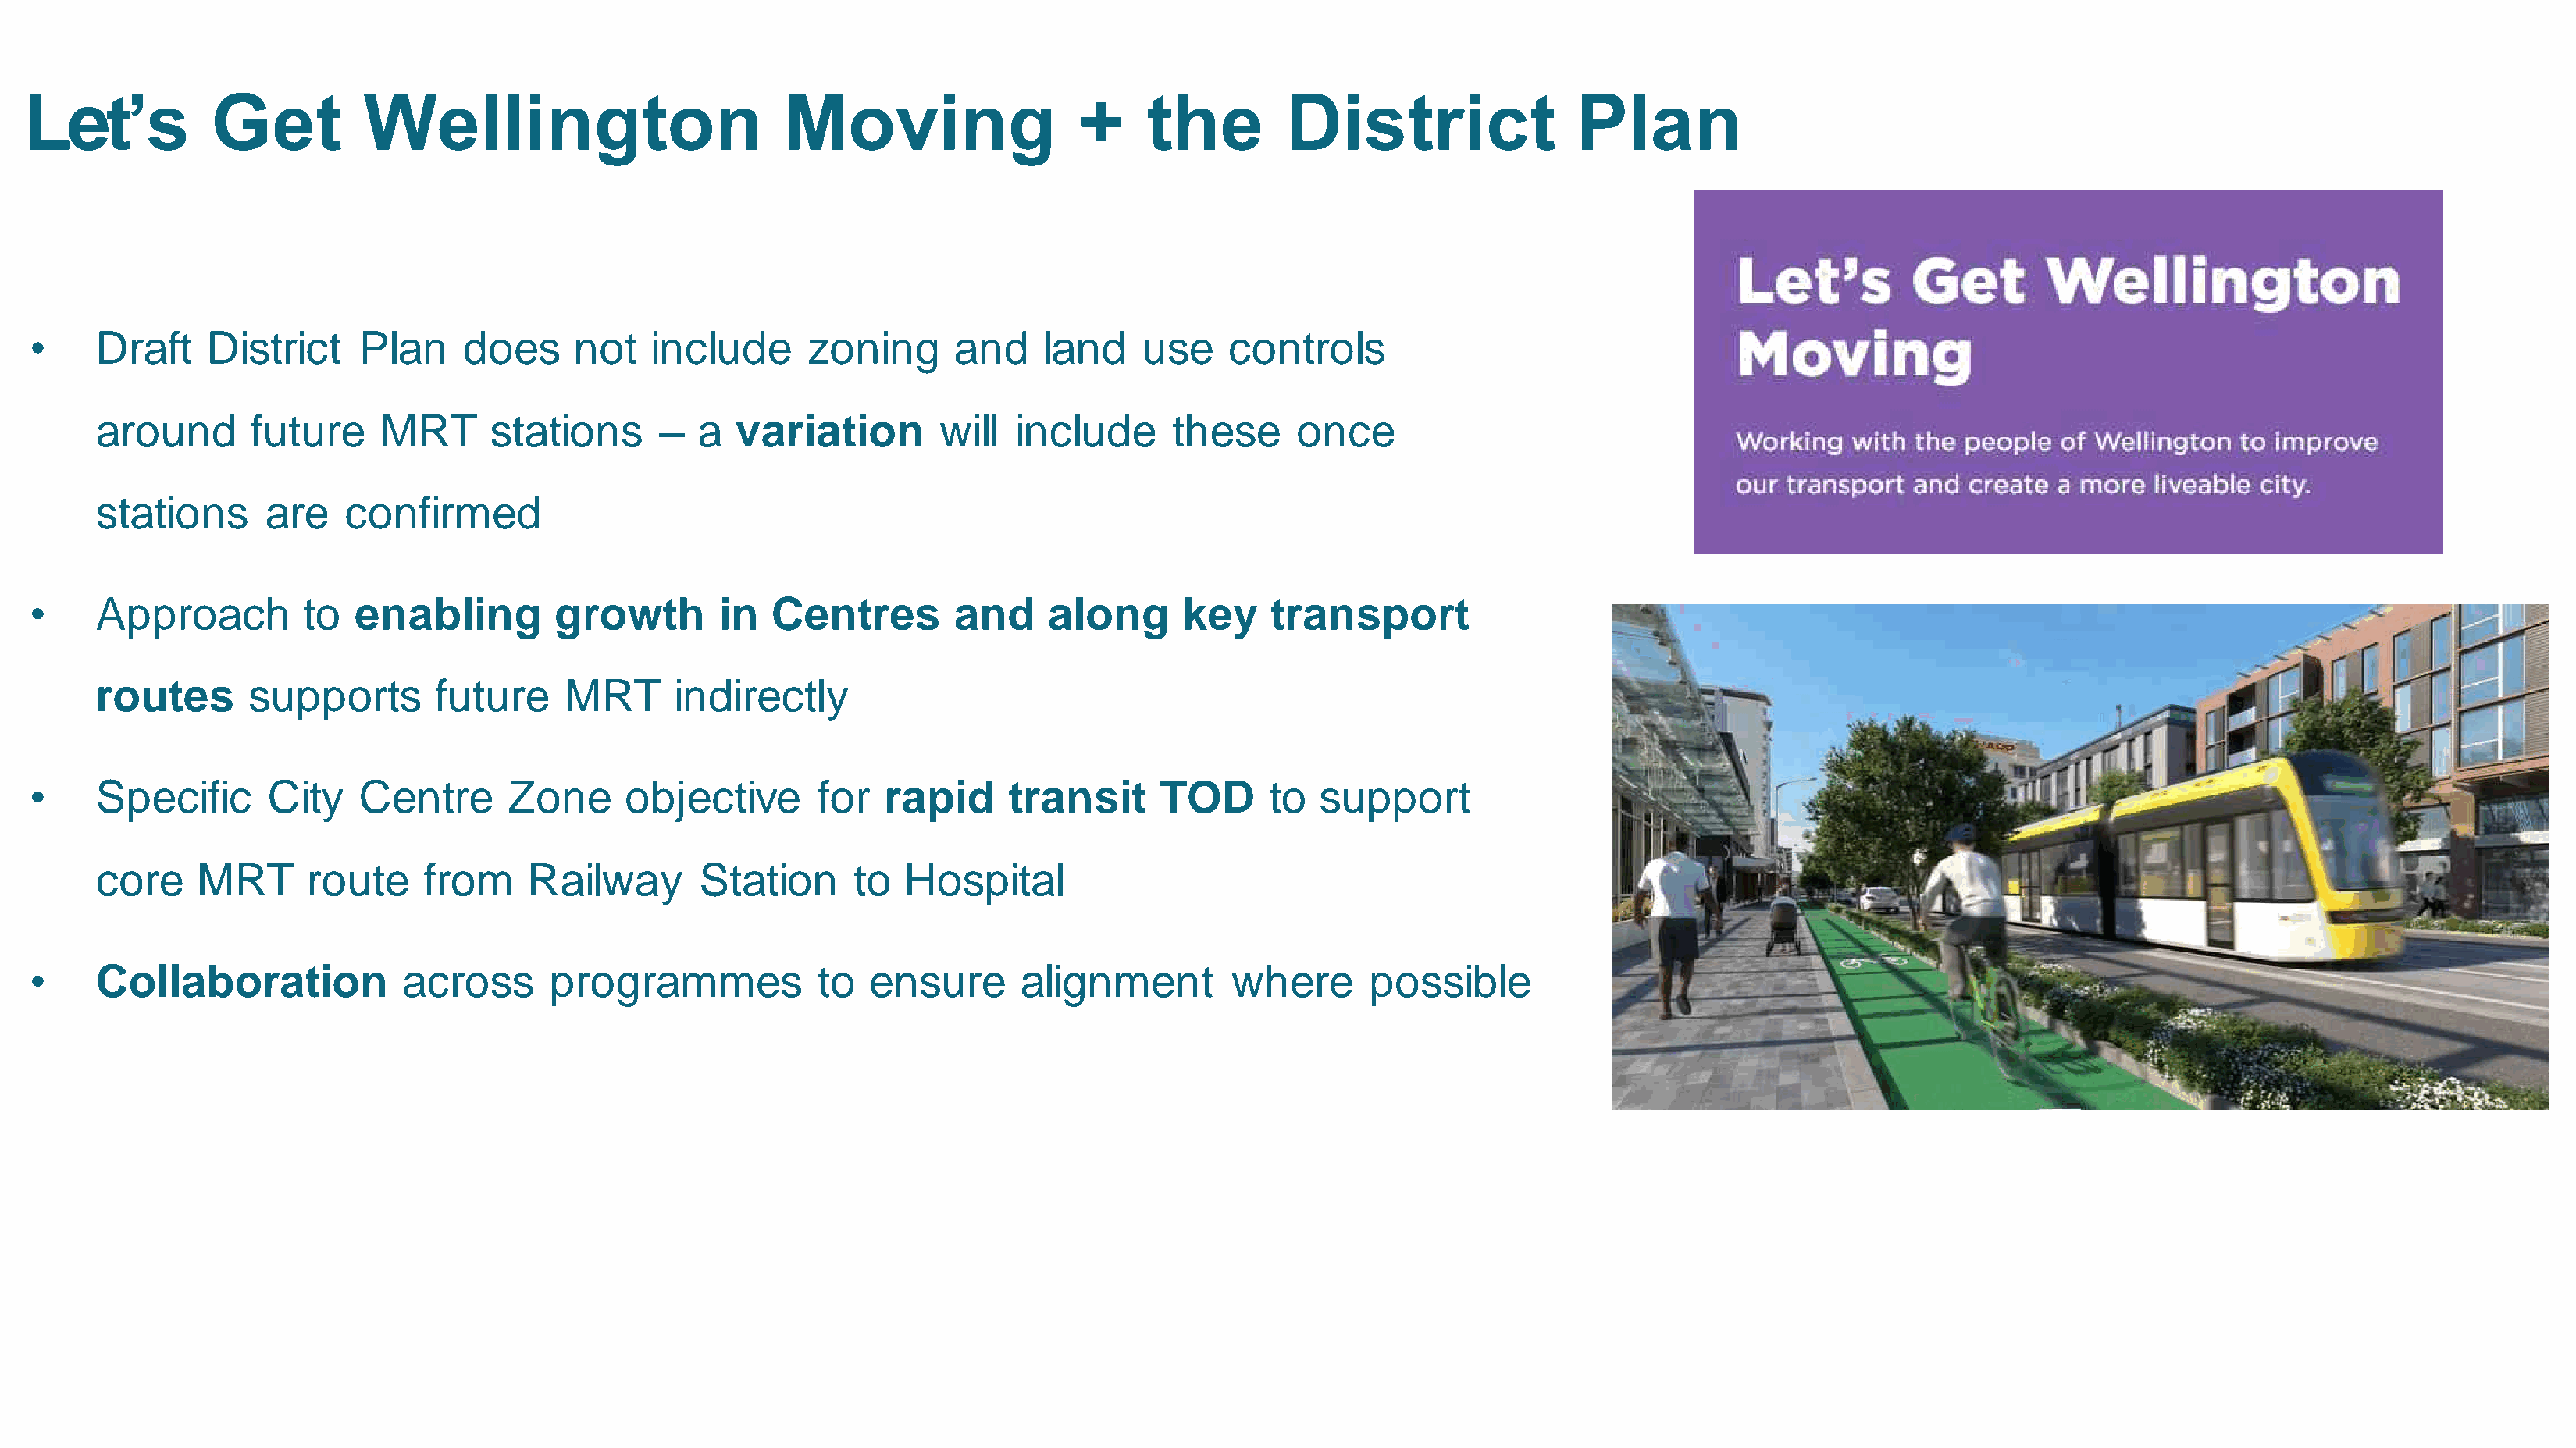
Let’s           Get          Wellington                         Moving                   +     the         District                 Plan
 •    Draft     District    Plan     does      not   include      zoning       and    land     use    controls
 around       future     MRT       stations      –  a  variation         will  include      these      once
 stations      are    confirmed
 •    Approach          to  enabling         growth        in  Centres         and     along      key     transport
 routes       supports        future     MRT      indirectly
 •    Specific       City   Centre       Zone      objective       for   rapid      transit     TOD       to  support
 core     MRT      route     from     Railway       Station      to   Hospital
 •    Collaboration             across       programmes            to   ensure      alignment         where       possible